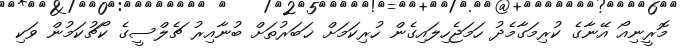
މޮރީނިއޯ އޭނާގެ ކުރިމަގާމެދު ހަމަޖެހިލައިގެން ހުރިކަމަށް ޚަބަރުތަށް ބުނާއިރު ޗެލްސީގެ ކޯޗުކަމުން ވަކި